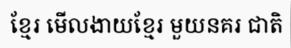
ខ្មែរ មើលងាយខ្មែរ មួយនគរ ជាតិ